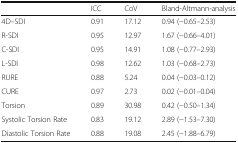
<table><thead><tr><td></td><td><b>ICC</b></td><td><b>CoV</b></td><td><b>Bland-Altmann-analysis</b></td></tr></thead><tbody><tr><td>4D–SDI</td><td>0.91</td><td>17.12</td><td>0.94 (−0.65–2.53)</td></tr><tr><td>R-SDI</td><td>0.95</td><td>12.97</td><td>1.67 (−0.66–4.01)</td></tr><tr><td>C-SDI</td><td>0.95</td><td>14.91</td><td>1.08 (−0.77–2.93)</td></tr><tr><td>L-SDI</td><td>0.98</td><td>12.62</td><td>1.03 (−0.68–2.73)</td></tr><tr><td>RURE</td><td>0.88</td><td>5.24</td><td>0.04 (−0.03–0.12)</td></tr><tr><td>CURE</td><td>0.97</td><td>2.73</td><td>0.02 (−0.01–0.04)</td></tr><tr><td>Torsion</td><td>0.89</td><td>30.98</td><td>0.42 (−0.50–1.34)</td></tr><tr><td>Systolic Torsion Rate</td><td>0.83</td><td>19.12</td><td>2.89 (−1.53–7.30)</td></tr><tr><td>Diastolic Torsion Rate</td><td>0.88</td><td>19.08</td><td>2.45 (−1.88–6.79)</td></tr></tbody></table>